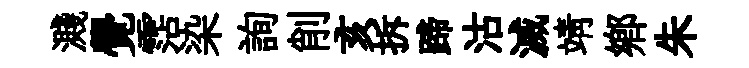
濺覺霑染詢削亥拆蹄沽滅靖郷朱